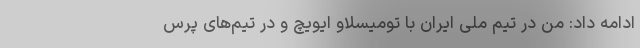
ادامه داد: من در تیم ملی ایران با تومیسلاو ایویچ و در تیم‌های پرس